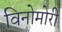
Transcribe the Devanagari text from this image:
विनोमोरी